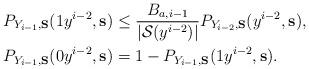
LaTeX: \begin{align*} & P_{Y_{i-1}, {\bf S}} (1y^{i-2}, {\bf s} ) \leq \frac{ B_{a,i-1}}{ | \mathcal S(y^{i-2})|} P_{Y_{i-2}, {\bf S}} (y^{i-2}, {\bf s} ), \\& P_{Y_{i-1}, {\bf S}} (0y^{i-2}, {\bf s} ) = 1 - P_{Y_{i-1}, {\bf S}} (1y^{i-2}, {\bf s} ). \end{align*}